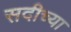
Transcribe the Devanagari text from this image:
सदीच्या